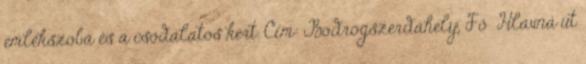
emlékszoba és a csodálatos kert. Cím: Bodrogszerdahely, Fő Hlavná út